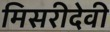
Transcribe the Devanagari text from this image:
मिसरीदेवी